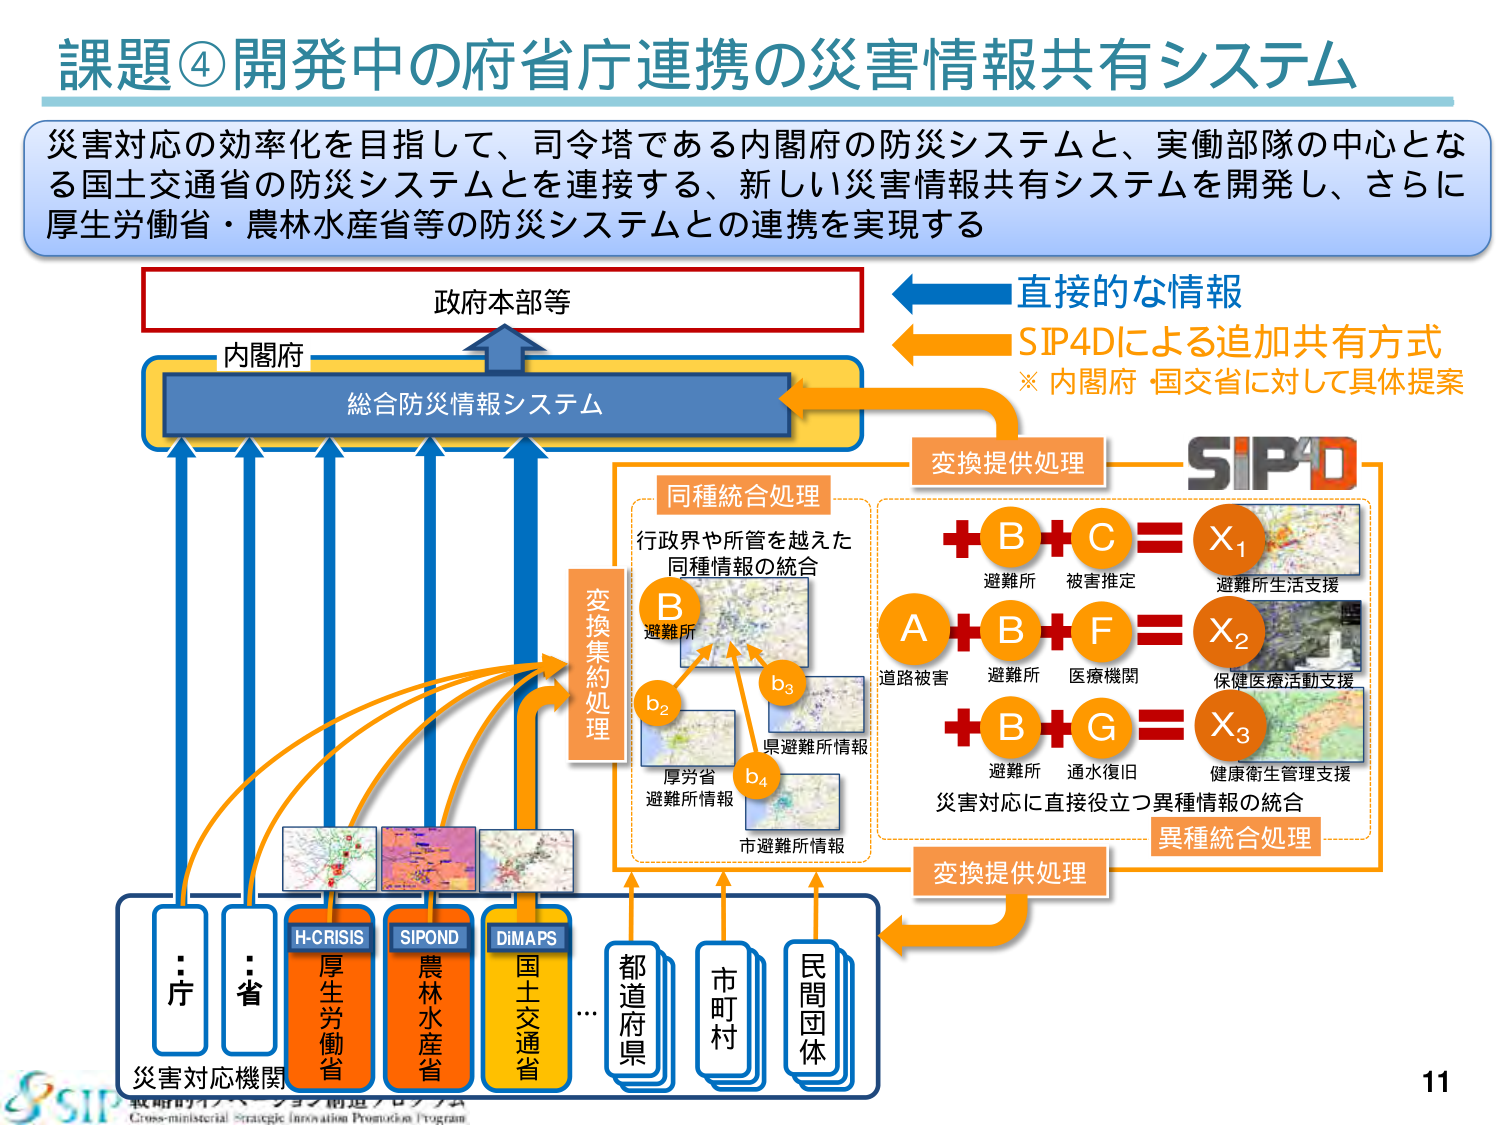
課題④開発中の府省庁連携の災害情報共有システム

災害対応の効率化を目指して、司令塔である内閣府の防災システムと、実働部隊の中心となる国土交通省の防災システムとを連接する、新しい災害情報共有システムを開発し、さらに厚生労働省・農林水産省等の防災システムとの連携を実現する

政府本部等
内閣府
総合防災情報システム

直接的な情報
SIP4Dによる追加共有方式
※内閣府・国交省に対して具体提案

変換提供処理
SIP4D

同種統合処理
行政界や所管を越えた
同種情報の統合

変換集約処理

B
避難所
b₂
b₃
b₄
県避難所情報
厚労省
避難所情報
市避難所情報

A
道路被害
B
避難所
F
医療機関
X₂
保健医療活動支援

B
避難所
C
被害推定
X₁
避難所生活支援

B
避難所
G
通水復旧
X₃
健康衛生管理支援

災害対応に直接役立つ異種情報の統合
異種統合処理

変換提供処理

H-CRISIS
厚生労働省
SIPOND
農林水産省
DIMAPS
国土交通省

…庁
…省
都道府県
市町村
民間団体

災害対応機関

11

SIP
政府のイノベーション創出プログラム
Cross-ministerial Strategic Innovation Promotion Program